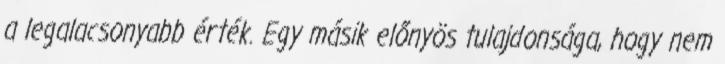
a legalacsonyabb érték. Egy másik előnyös tulajdonsága, hogy nem